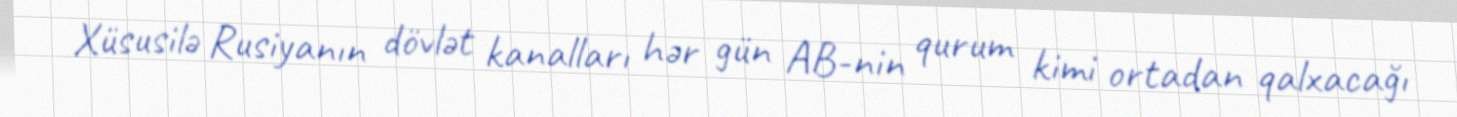
Xüsusilə Rusiyanın dövlət kanalları hər gün AB-nin qurum kimi ortadan qalxacağı